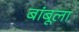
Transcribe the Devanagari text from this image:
बांबूला